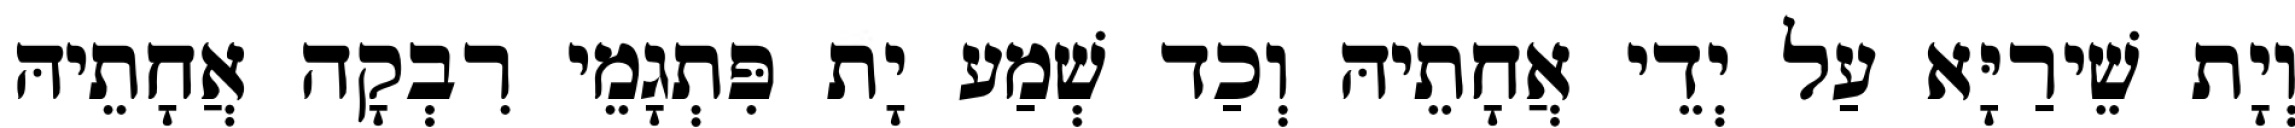
וְיָת שֵׁירַיָּא עַל יְדֵי אֲחָתֵיהּ וְכַד שְׁמַע יָת פִּתְגָמֵי רִבְקָה אֲחָתֵיהּ